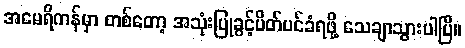
အမေရိကန်မှာ တစ်တော့ အသုံးပြုခွင့်ပိတ်ပင်ခံရဖို့ သေချာသွားပါပြီ။